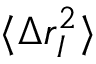
\langle \Delta r _ { I } ^ { 2 } \rangle